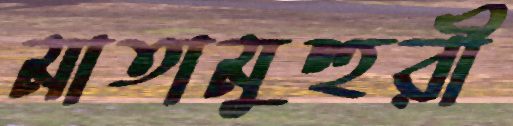
মাতামুহুরী